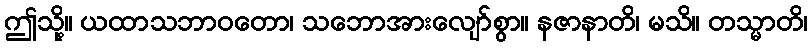
ဤသို့။ ယထာသဘာဝတော၊ သဘောအားလျော်စွာ။ နဇာနာတိ၊ မသိ။ တသ္မာတိ၊